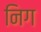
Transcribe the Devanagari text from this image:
निग